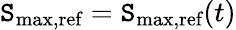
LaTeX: \mathtt{S}_{\textrm{{max,ref}}}=\mathtt{S}_{\textrm{{max,ref}}}(t)